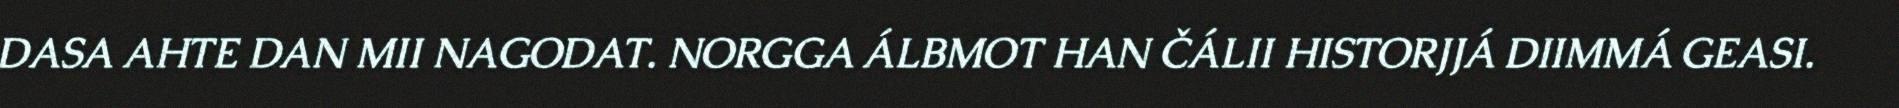
DASA AHTE DAN MII NAGODAT. NORGGA ÁLBMOT HAN ČÁLII HISTORJJÁ DIIMMÁ GEASI.